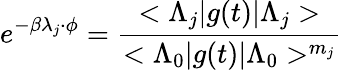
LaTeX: e^{-\beta\lambda_{j}\cdot\phi}=\frac{<\Lambda_{j}|g(t)|\Lambda_{j}>}{<\Lambda_{0}|g(t)|\Lambda_{0}>^{m_{j}}}